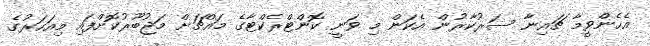
އެހެންވީމާ ޗައިނާ ސަރުކާރުން އެކަން މި ވަނީ ކޮންޓްރެކްޓާގެ މައްޗަށް މަޖުބޫރުކޮށްފައި މިއަހަރުގެ